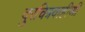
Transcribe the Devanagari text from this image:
दुरचित्रवाहीणी